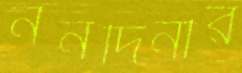
ননদিনীর